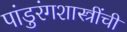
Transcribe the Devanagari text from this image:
पांडुरंगशास्त्रींची